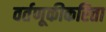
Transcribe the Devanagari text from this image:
वर्तणूकीकरिता